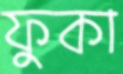
ফুকা